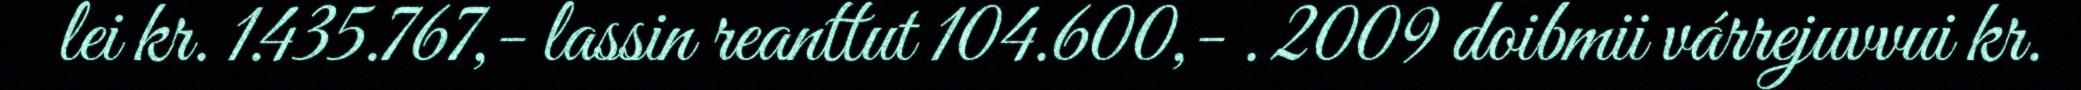
lei kr. 1.435.767,- lassin reanttut 104.600,- . 2009 doibmii várrejuvvui kr.